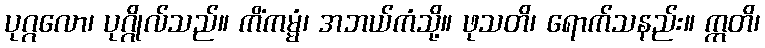
ပုဂ္ဂလော၊ ပုဂ္ဂိုလ်သည်။ ကိံကမ္မံ၊ အဘယ်ကံသို့။ ဖုသတိ၊ ရောက်သနည်း။ ဣတိ၊